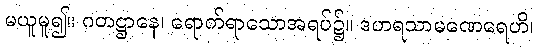
မယူမူ၍။ ဂတဋ္ဌာနေ၊ ရောက်ရာသောအရပ်၌။ ဒဟရသာမဏေရေဟိ၊